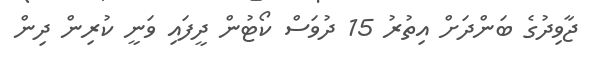
ޖާވިދުގެ ބަންދަށް އިތުރު 15 ދުވަސް ކޯޓުން ދީފައި ވަނީ ކުރިން ދިން